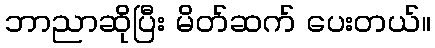
ဘာညာဆိုပြီး မိတ်ဆက် ပေးတယ်။